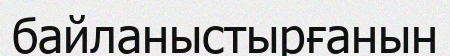
байланыстырғанын